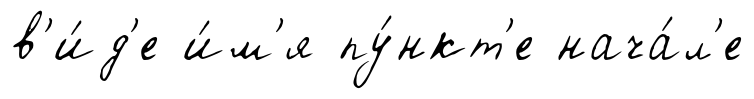
в'и́д'е и́м'я пу́нкт'е нача́л'е